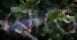
রোডে